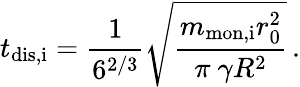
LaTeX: t_{\mathrm{dis,i}}=\frac{1}{6^{2/3}}\sqrt{\frac{m_{\mathrm{mon,i}}r_{\mathrm{0}}^{2}}{\pi\ \gamma R^{2}}}\, .